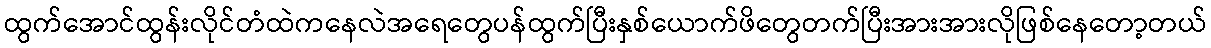
ထွက်အောင်ထွန်းလိုင်တံထဲကနေလဲအရေတွေပန်ထွက်ပြီးနှစ်ယောက်ဖိတွေတက်ပြီးအားအားလိုဖြစ်နေတော့တယ်